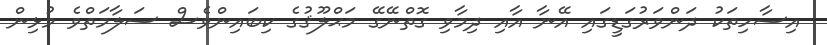
އިސާހިތަކު ދަންވަރުގަޑީގައި އޭނާ އާއި ދިމާވި ގޮތްނޭގޭ މަޙްލޫޤުގެ ކިބައިންވެސް ސަލާމަތްވެ މުޅިން